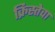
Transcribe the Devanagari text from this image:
क्रिस्तेवा